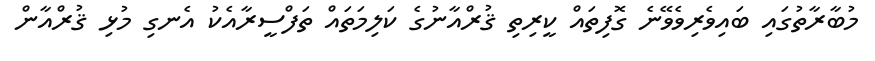
މުބާރާތުގައި ބައިވެރިވެވޭނެ ގޮފިތައް ކީރިތި ޤުރްއާނުގެ ކަލިމަތައް ތަފްސީރާއެކު އެނގި މުޅި ޤުރްއާން